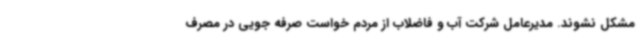
مشکل نشوند. مدیرعامل شرکت آب و فاضلاب از مردم خواست صرفه جویی در مصرف